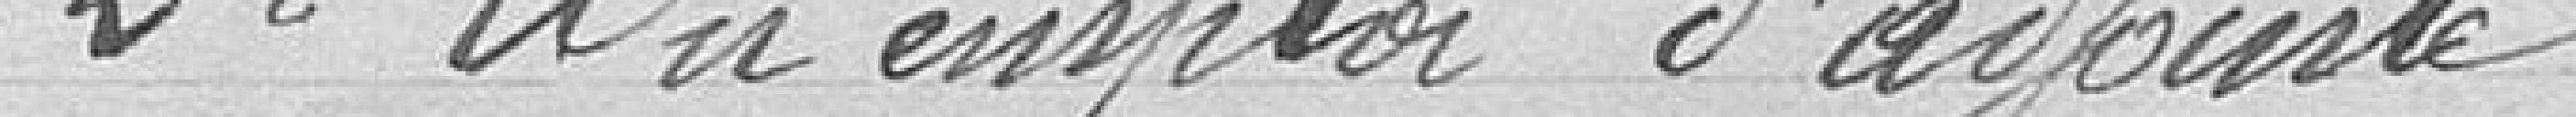
2° Un emploi d'adjointe.